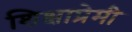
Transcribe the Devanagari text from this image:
शिक्षाप्रेमी